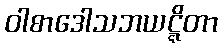
ဝါစာဒေါသဘယဋ္ဋိတာ